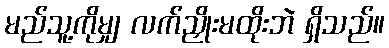
မည်သူ့ကိုမျှ လက်ညှိုးမထိုးဘဲ ရှိသည်။